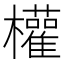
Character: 權